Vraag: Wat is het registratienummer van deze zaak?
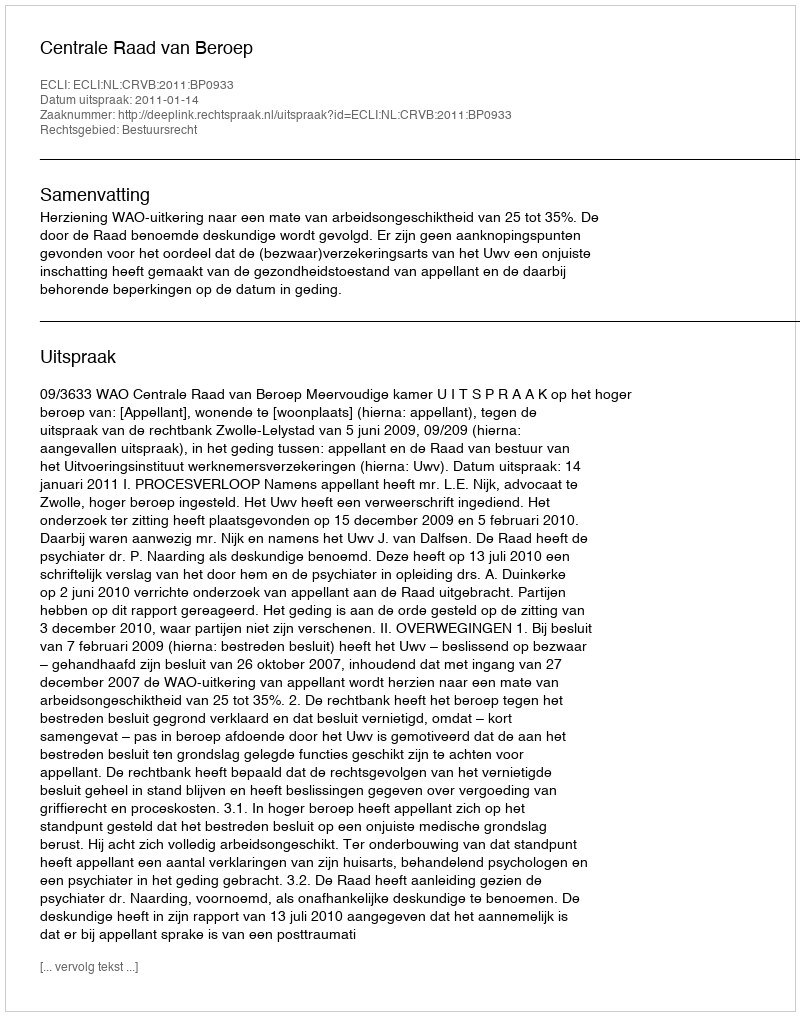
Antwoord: http://deeplink.rechtspraak.nl/uitspraak?id=ECLI:NL:CRVB:2011:BP0933